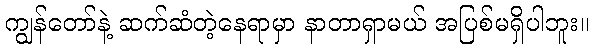
ကျွန်တော်နဲ့ ဆက်ဆံတဲ့နေရာမှာ နာတာရှာမယ် အပြစ်မရှိပါဘူး။